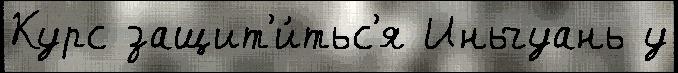
Курс защит'и́тьс'я Иньчуань у